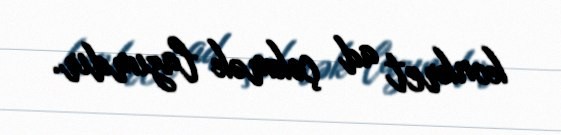
konkret ad çəkmək lazımdır.